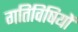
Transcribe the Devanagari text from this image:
गतिविषियों